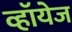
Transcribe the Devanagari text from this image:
व्हॉयेज